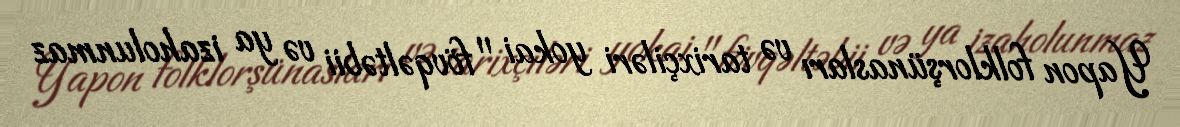
Yapon folklorşünasları və tarixçiləri yokai "fövqəltəbii və ya izaholunmaz